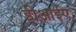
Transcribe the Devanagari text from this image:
डीआईए